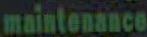
maintenance